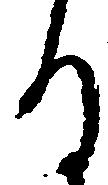
る